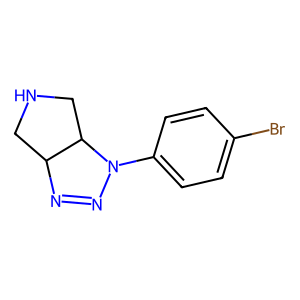
SMILES: Brc1ccc(N2N=NC3CNCC32)cc1
Inhibits HIV replication: No